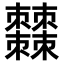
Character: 𣡍